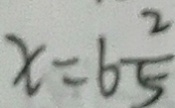
x = 6 \frac { 2 } { 5 }